Plague in India, 1896, 1897 - Volume 4
Year: 1896
Disease focus: Plague
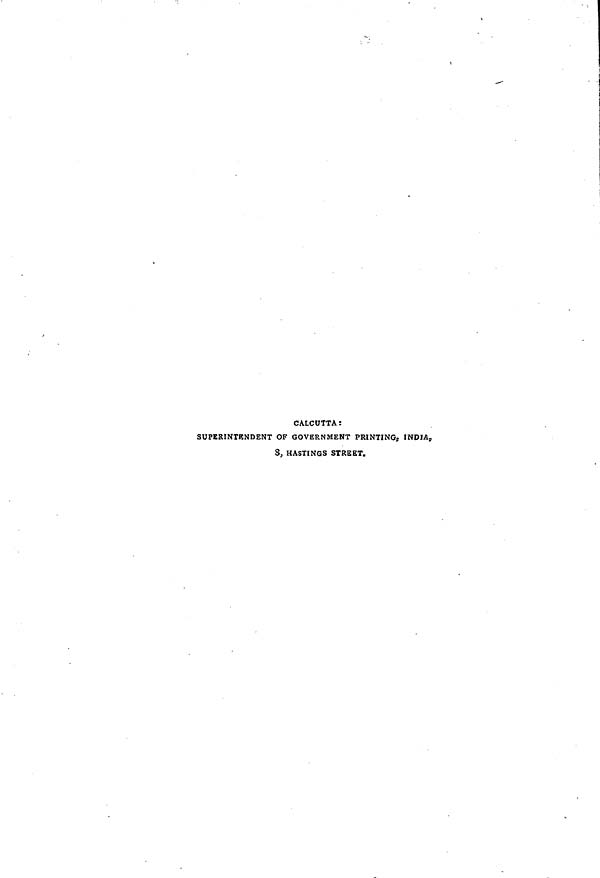
CALCUTTA :
SUPERINTENDENT OF GOVERNMENT PRINTING, INDIA,
S, HASTINGS STREET.